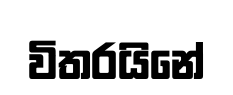
විතරයිනේ